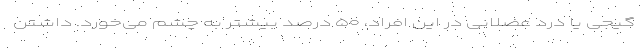
گیجی یا درد عضلانی در این افراد، ۵۰ درصد بیشتر به چشم می‌خورد. داشتن